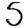
Digit: 5